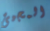
المجيئ